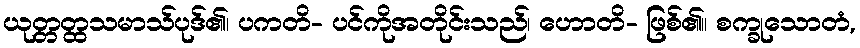
ယုတ္တတ္ထသမာသ်ပုဒ်၏၊ ပကတိ- ပင်ကိုအတိုင်းသည်၊ ဟောတိ- ဖြစ်၏။ စက္ခုသောတံ,